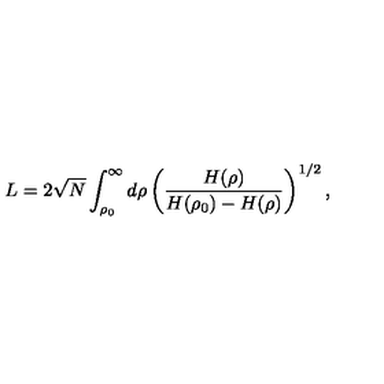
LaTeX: L = 2 \sqrt { N } \int _ { \rho _ { 0 } } ^ { \infty } d \rho \left( \frac { H ( \rho ) } { H ( \rho _ { 0 } ) - H ( \rho ) } \right) ^ { 1 / 2 } ,